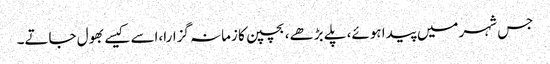
جس شہر میں پیدا ہوئے، پلے بڑھے، بچپن کا زمانہ گزارا،اسے کیسے بھول جاتے۔